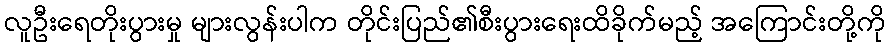
လူဦးရေတိုးပွားမှု များလွန်းပါက တိုင်းပြည်၏စီးပွားရေးထိခိုက်မည့် အကြောင်းတို့ကို